Document type: Sale
Year: 1305
Scribe: Bernat de Vilarúbia
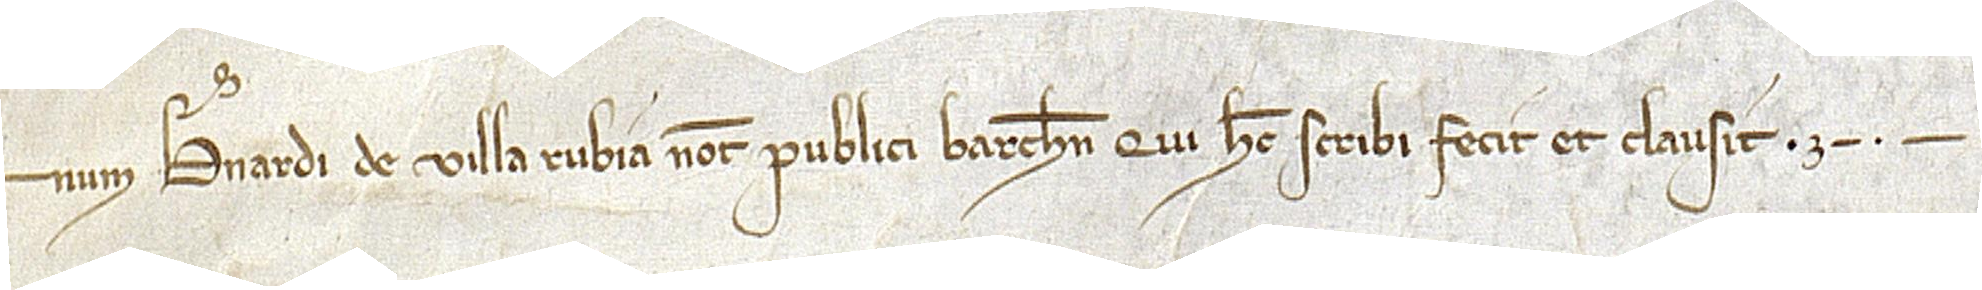
num Bernardi de Villa Rubia, notarii publici barchinone, qui hec scribi fecit et clausit.